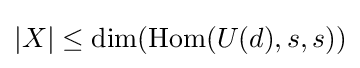
|X|\leq \dim(\operatorname {Hom} (U(d),s,s))